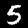
Label: 5